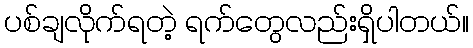
ပစ်ချလိုက်ရတဲ့ ရက်တွေလည်းရှိပါတယ်။